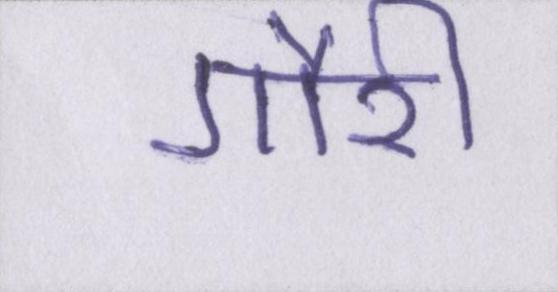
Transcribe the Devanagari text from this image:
गौरी